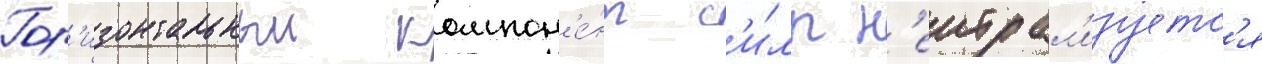
Гор'изонтальныи компон'е́нт с'и́лы н'еитрал'изуетс'я